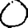
Digit: 0